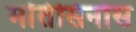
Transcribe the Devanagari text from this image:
मोंतेसिनोस